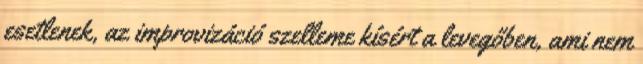
esetlenek, az improvizáció szelleme kísért a levegőben, ami nem